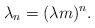
LaTeX: \begin{align*}\lambda_n=(\lambda{m})^n.\end{align*}